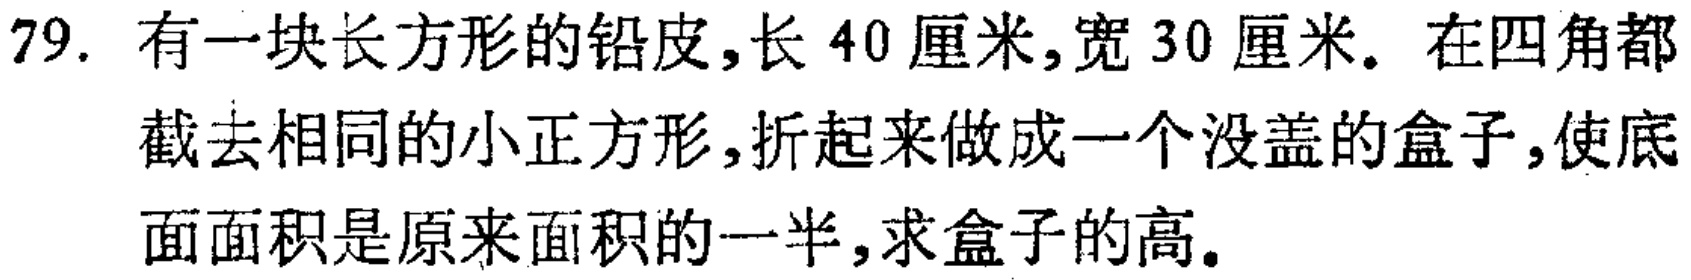
79. 有一块长方形的铅皮,长 \(40\) 厘米,宽 \(30\) 厘米。在四角都截去相同的小正方形,折起来做成一个没盖的盒子,使底面面积是原来面积的一半,求盒子的高。